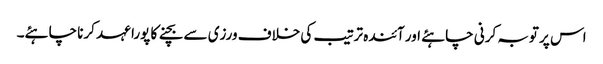
اس پر توبہ کرنی چاہئے اور آئندہ ترتیب کی خلاف ورزی سے بچنے کا پورا عہد کرنا چاہئے۔